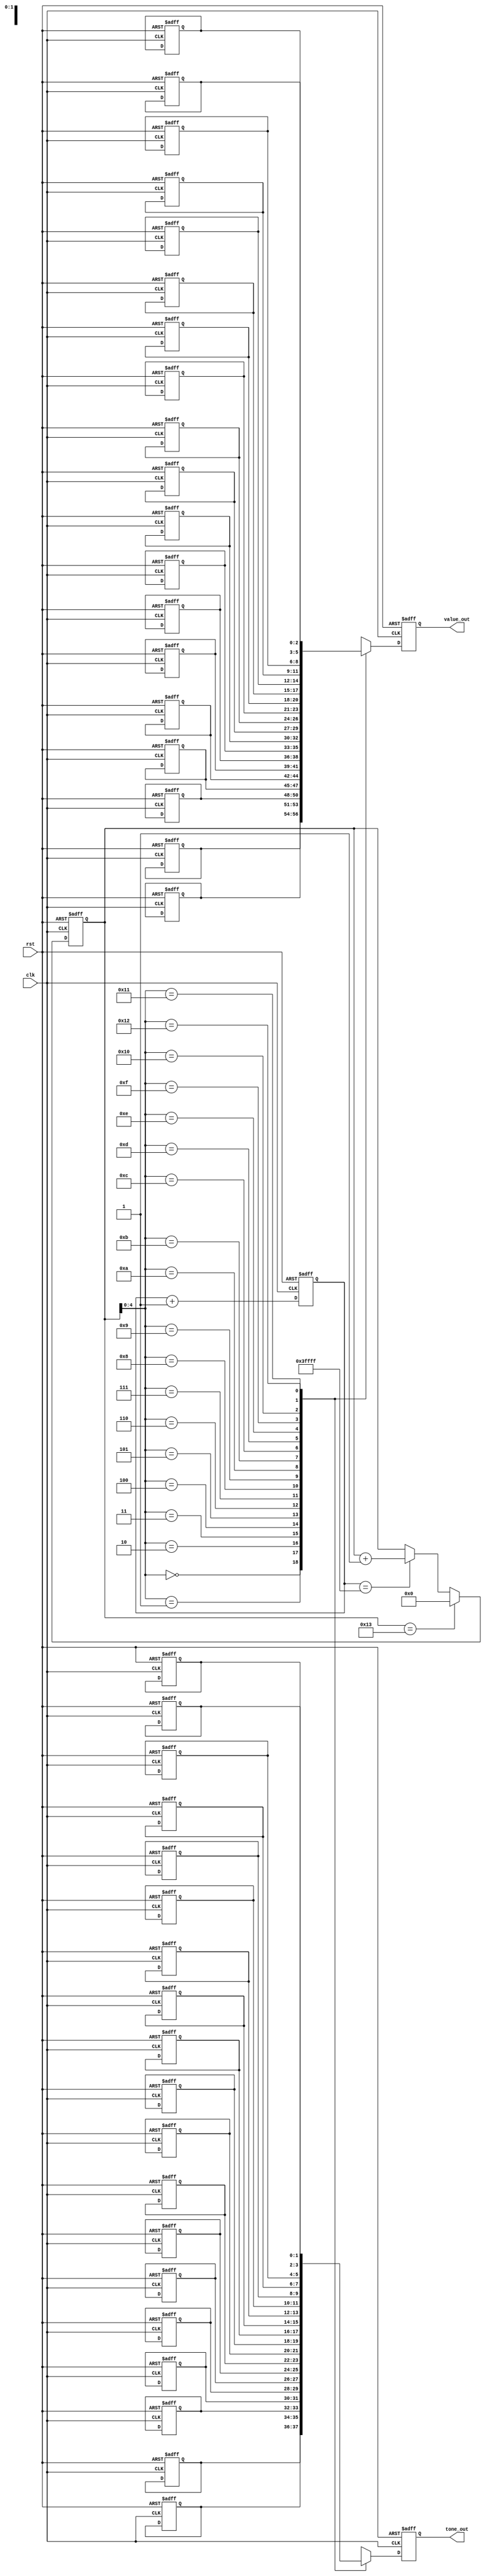
module play(
			input clk,
			input rst,
			output reg[2:0]value_out,
			output reg[1:0]tone_out
			);
/*
*
*
*
*/
parameter N=19;
//
reg[2:0]music_value[N-1:0];
reg[1:0]music_tone[N-1:0];
always@(posedge clk or posedge rst)
begin 
if(rst)begin

	music_value[0]=3'b011;
	music_value[1]=3'b010;
	music_value[2]=3'b011;
	music_value[3]=3'b010;
	music_value[4]=3'b011;
	music_value[5]=3'b111;
	music_value[6]=3'b010;
	music_value[7]=3'b001;
	music_value[8]=3'b110;
	
	music_value[9]=3'b000;
	music_value[10]=3'b001;
	music_value[11]=3'b011;
	music_value[12]=3'b110;
	music_value[13]=3'b111;
	music_value[14]=3'b000;
	
	music_value[15]=3'b011;
	music_value[16]=3'b110;
	music_value[17]=3'b111;
	music_value[18]=3'b001;

	
	music_tone[0]=2'b11;
	music_tone[1]=2'b11;
	music_tone[2]=2'b11;
	music_tone[3]=2'b11;
	music_tone[4]=2'b11;
	music_tone[5]=2'b10;
	music_tone[6]=2'b11;
	music_tone[7]=2'b11;
	music_tone[8]=2'b10;

	music_tone[9]=2'b10;
	music_tone[10]=2'b10;
	music_tone[11]=2'b10;
	music_tone[12]=2'b10;
	music_tone[13]=2'b10;
	music_tone[14]=2'b10;
	music_tone[15]=2'b10;
	music_tone[16]=2'b10;
	music_tone[17]=2'b10;
	music_tone[18]=2'b11;
	end
	else;
end

//
reg [17:0]cnt_pre;
always@(posedge clk or posedge rst)
begin
	if(rst)cnt_pre=0;
	else cnt_pre=cnt_pre+1;
end


reg [5:0]cur;

always@(posedge clk or posedge rst)
if(rst)cur=0;
else if(cur==N)cur=0;
else if(cnt_pre==18'h3ffff)
cur=cur+1;
else;

always@(posedge clk or posedge rst)
if(rst)begin
value_out=3'b000;
tone_out=2'b00;
end
else begin
tone_out=music_tone[cur];
value_out=music_value[cur];
end
endmodule